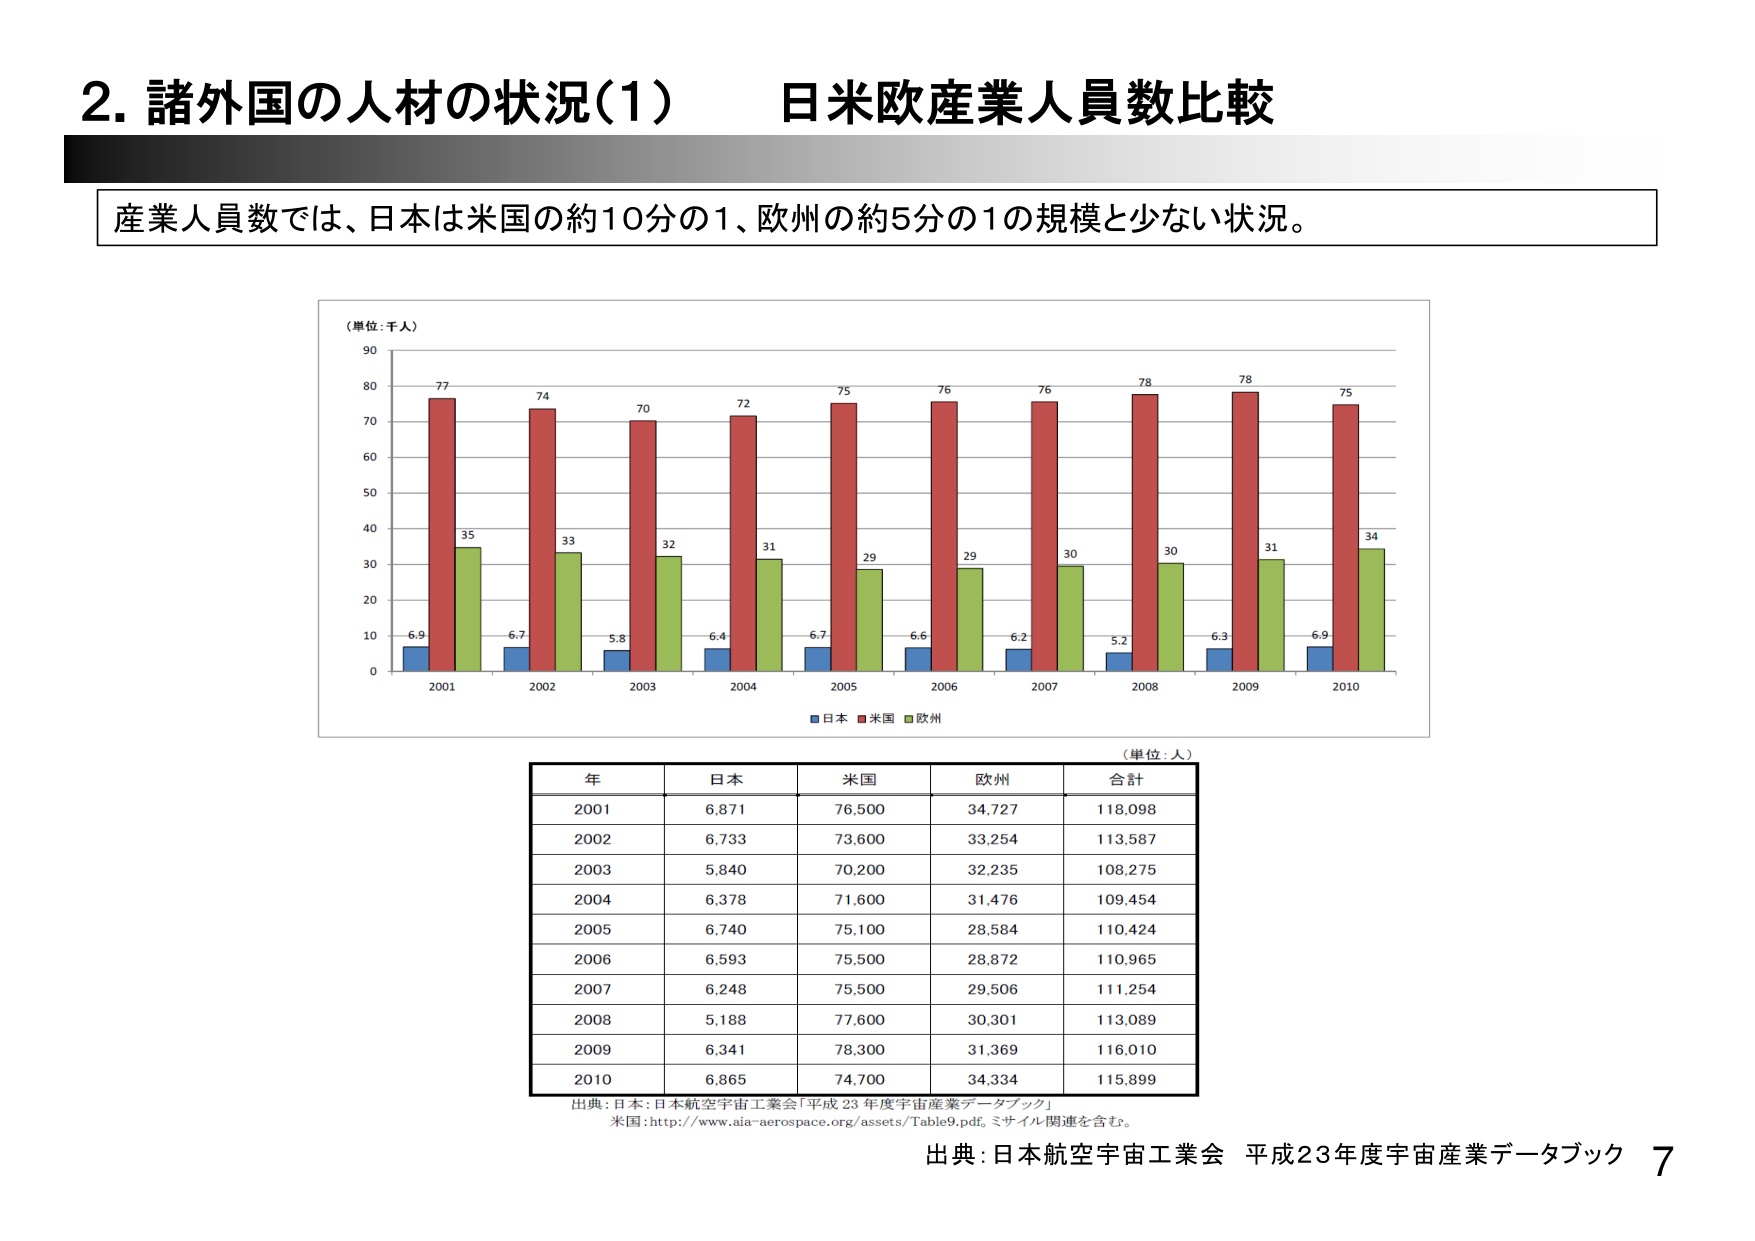
2. 諸外国の人材の状況(1) 日米欧産業人員数比較

産業人員数では、日本は米国の約10分の1、欧州の約5分の1の規模と少ない状況。

（単位：千人）
77 74 70 72 75 76 76 78 78 75
35 33 32 31 29 29 30 30 31 34
6.9 6.7 5.8 6.4 6.7 6.6 6.2 5.2 6.3 6.9
2001 2002 2003 2004 2005 2006 2007 2008 2009 2010
■日本 ■米国 ■欧州

（単位：人）
年 日本 米国 欧州 合計
2001 6,871 76,500 34,727 118,098
2002 6,733 73,600 33,254 113,587
2003 5,840 70,200 32,235 108,275
2004 6,378 71,600 31,476 109,454
2005 6,740 75,100 28,584 110,424
2006 6,593 75,500 28,872 110,965
2007 6,248 75,500 29,506 111,254
2008 5,188 77,600 30,301 113,089
2009 6,341 78,300 31,369 116,010
2010 6,865 74,700 34,334 115,899

出典：日本：日本航空宇宙工業会「平成23年度宇宙産業データブック」
米国：http://www.aia-aerospace.org/assets/Table9.pdf。ミサイル関連を含む。

出典：日本航空宇宙工業会 平成23年度宇宙産業データブック 7